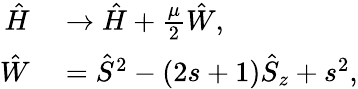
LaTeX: \begin{array}{rl}{\hat{H}}&{{}\to\hat{H}+\frac{\mu}{2}\hat{W},}\\ {\hat{W}}&{{}=\hat{S}^{2}-(2s+1)\hat{S}_{z}+s^{2},}\end{array}